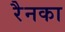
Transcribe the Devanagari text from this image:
रैनका